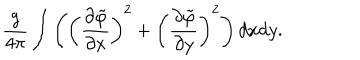
\frac { g } { 4 \pi } \int \left( \left( \frac { \partial \tilde { \varphi } } { \partial x } \right) ^ { 2 } + \left( \frac { \partial \tilde { \varphi } } { \partial y } \right) ^ { 2 } \right) d x d y .